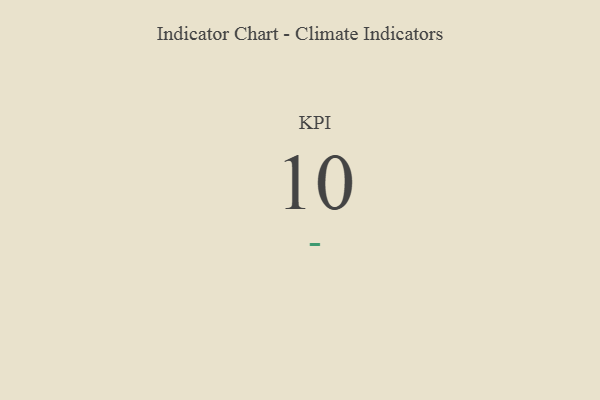
{"axis": {"x": "KPI", "y": "Value"}, "legend": [""], "data": [{"x": "KPI", "y": 10, "type": ""}]}